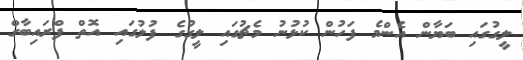
ލީގުގައި ބަޔާން އެންމެ ފަހުން ކުޅުނު މެޗުގައި ލީގުގެ ފުލުގައި އޮތް ފްރައިބާގް